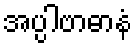
အပ္ပါဗာဓာနံ